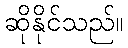
ဆိုနိုင်သည်။